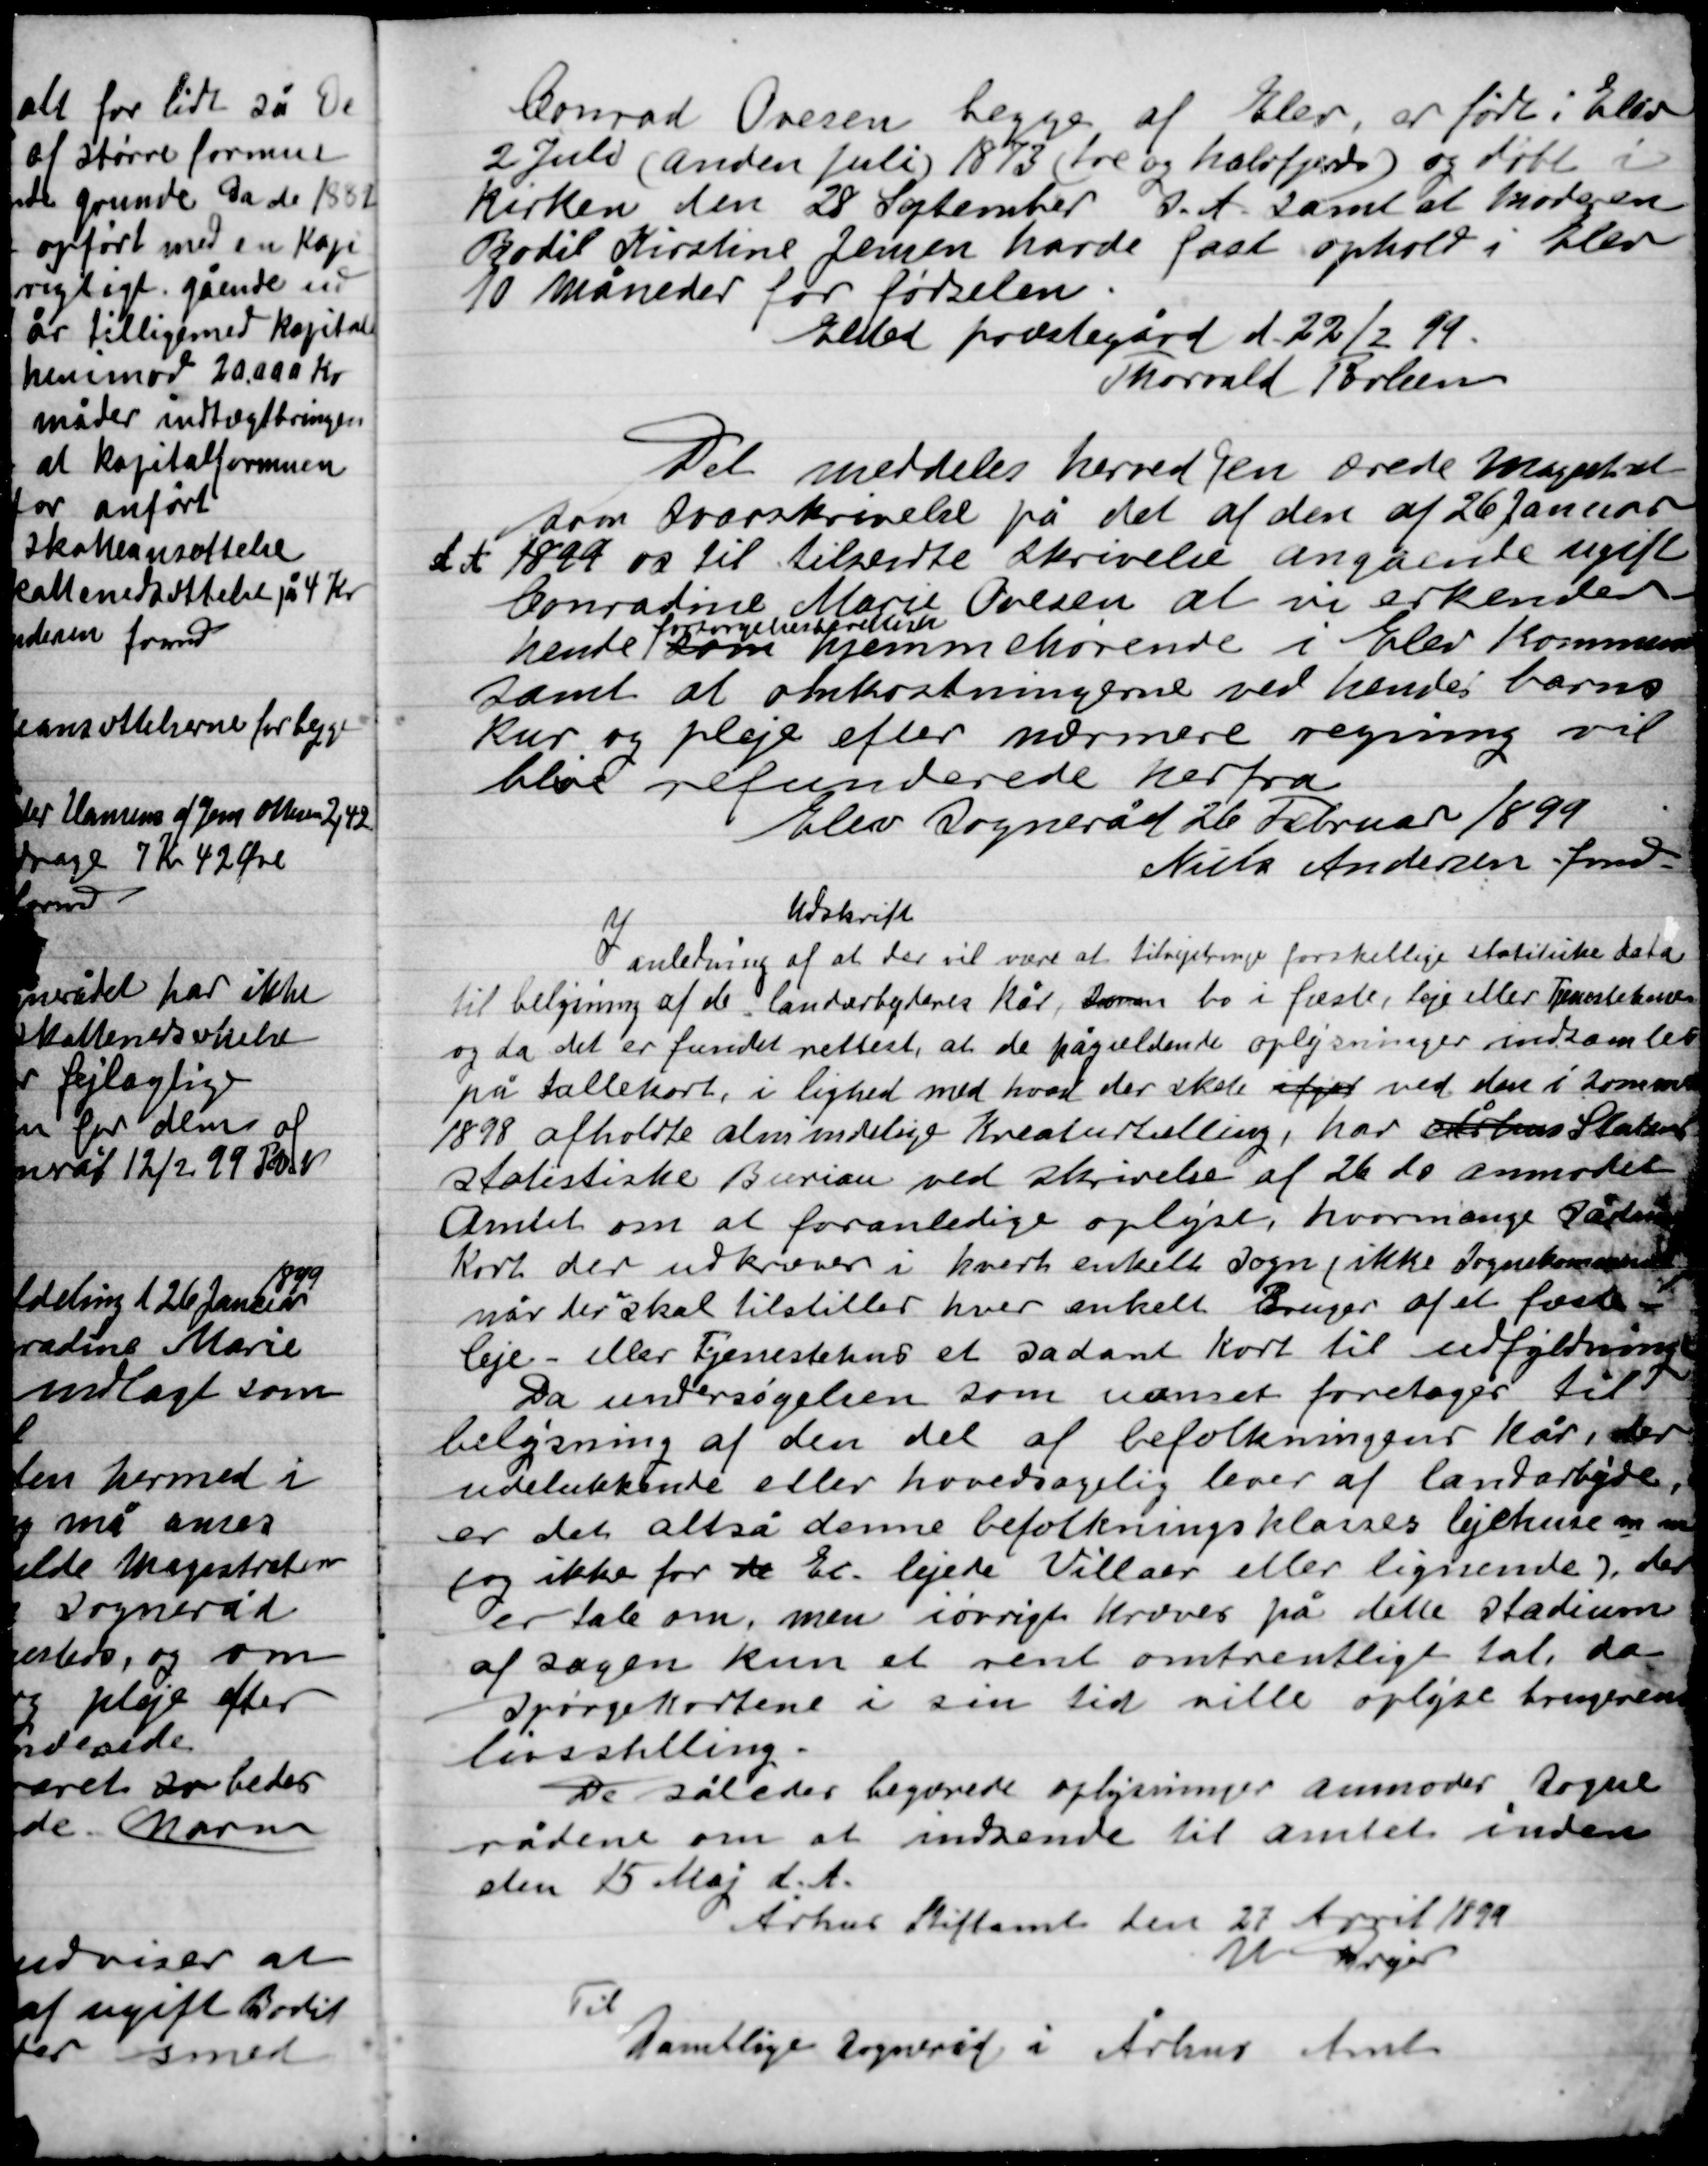
Transskription:
Conrad Ovesen begge af Elev, er født i Elev
2 Juli (anden Juli) 1873 (tre og halvfjerds) og døbt i
Kirken den 28 September d. A. samt at moderen
Bodil Kristine Jensen havde fast ophold i Elev
10 måneder før fødslen.
Elsted præstegård d. 22/2 99.
Thorvald Povlsen

Det meddeles herved den ærede Myndighed
som svarskrivelse på det af den af 26 Januar
d. A. 1899 os til tilsendte skrivelse angående ugift
Conradine Marie Ovesen at vi erkender
hende
forsørgelsesberettiget
som hjemmehørende i Elev Kommune
samt at omkostningerne ved hendes barns
kur og pleje efter nærmere regning vil
blive refunderede herfra.
Elev Sogneråd 26 Februar 1899
Niels Andersen fmd.

Udskrift
I anledning af at der vil være at tilvejebringe forskellige statistiske data
til belysning af de landarbejderes kår, dersom bo i fæste, leje eller Tjenestekarle
og da det er fundet rettest, at de pågældende oplysninger indsamlet
på tællekort, i lighed med hvad der sket ifjord ved den i sommer
1898 afholdte almindelige tælling, har Århus Stati-
stiske Burian ved skrivelse af 26 do anmodet
Amtet om at foranledige oplyse, hvor mange sådanne
Kort der udskrives i hvert enkelt Sogn (ikke Sognekommuner)
når der skal tilstilles hver enkelt Bruger af et fæste
leje eller Tjenestehus et sådant kort til udfyldning.
Da undersøgelsen som nævnt foretages til
belysning af den del af befolkningens kår, der
udelukkende eller hovedsagelig lever af landarbejde,
er det altså denne befolkningsklasses lejwhuse m.m.
(og ikke for de Ex lejede Villaer eller lignende) og der
er tale om, men i øvrigt kræves på dette stadium
af sagen kun et rent omtrentligt tal, da
spørgekortene i sin tid ville oplyse brugernes
livsstilling.
De således begærede oplysninger anmoder Sogne-
rådene om at indsende til Amtet inden
den 15 Maj d. A.
Århus Stiftsamt den 27 April 1899
V. Dreyer
Til
Samtlige sogneråd i Århus Amt